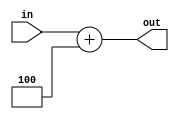
module PL4(in,out);
    input [7:0] in;
    output [7:0] out;

    assign out = in + 8'd4;
endmodule